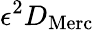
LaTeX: \epsilon^{2}D_{\mathrm{Merc}}